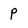
Character: p